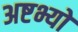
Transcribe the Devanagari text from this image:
अष्टभ्यो